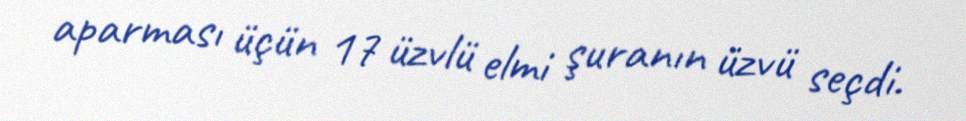
aparması üçün 17 üzvlü elmi şuranın üzvü seçdi.